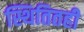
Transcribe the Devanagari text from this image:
स्थितितही